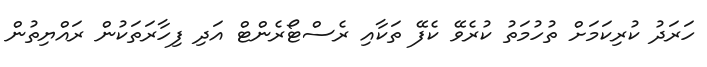
ހަރަދު ކުރިކަމަށް ތުހުމަތު ކުރެވޭ ކެފޭ ތަކާއި ރެސްޓޯރެންޓް އަދި ފިހާރަތަކުން ރައްޔިތުން